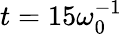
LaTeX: t=15\omega_{0}^{-1}